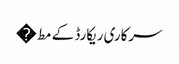
سرکاری ریکارڈ کے مط�